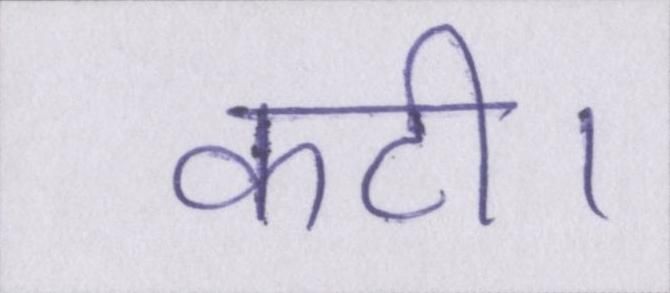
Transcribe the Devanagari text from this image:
कटी।